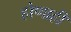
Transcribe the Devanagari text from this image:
होणाही